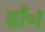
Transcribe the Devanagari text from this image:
डॉ॰ा